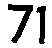
71